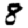
Digit: 8